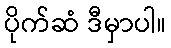
ပိုက်ဆံ ဒီမှာပါ။